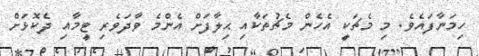
ހިމަނާފައެވެ. މި މެޗަކީ އެހެން މެޗުތަކާއި ޙިލާފަށް އެންމެ ވާދަވެރި ޓީމާއި ދެކޮޅަށް